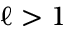
\ell > 1